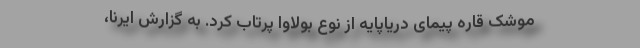
موشک قاره پیمای دریاپایه از نوع بولاوا پرتاب کرد. به گزارش ایرنا،